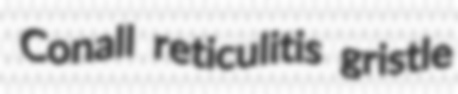
Conall reticulitis gristle